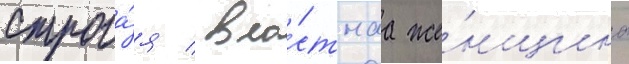
Строга́я / вла́стнаа же́нщина